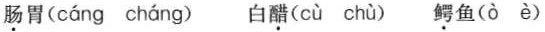
肠胃( cáng cháng ) 白醋( cù chù ) 鳄鱼(ò è )